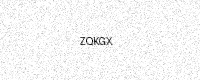
Text: ZQKGX